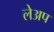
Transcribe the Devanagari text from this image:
लेअप